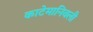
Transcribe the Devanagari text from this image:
काटेमानिवली